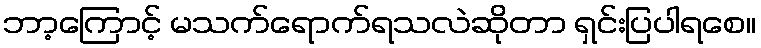
ဘာ့ကြောင့် မသက်ရောက်ရသလဲဆိုတာ ရှင်းပြပါရစေ။